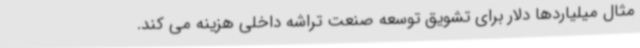
مثال میلیاردها دلار برای تشویق توسعه صنعت تراشه داخلی هزینه می کند.